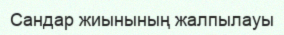
Сандар жиынының жалпылауы